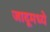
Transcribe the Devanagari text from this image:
जादूमध्ये